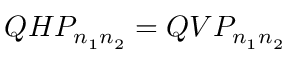
Q H P _ { n _ { 1 } n _ { 2 } } = Q V P _ { n _ { 1 } n _ { 2 } }